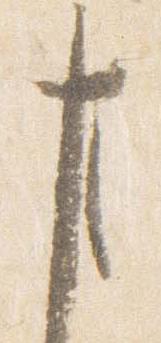
事